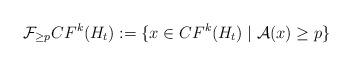
LaTeX: \begin{align*}\mathcal{F}_{\geq p} CF^{k}(H_{t}):= \lbrace x\in CF^{k}(H_{t})\mid \mathcal{A}(x)\geq p\rbrace\end{align*}